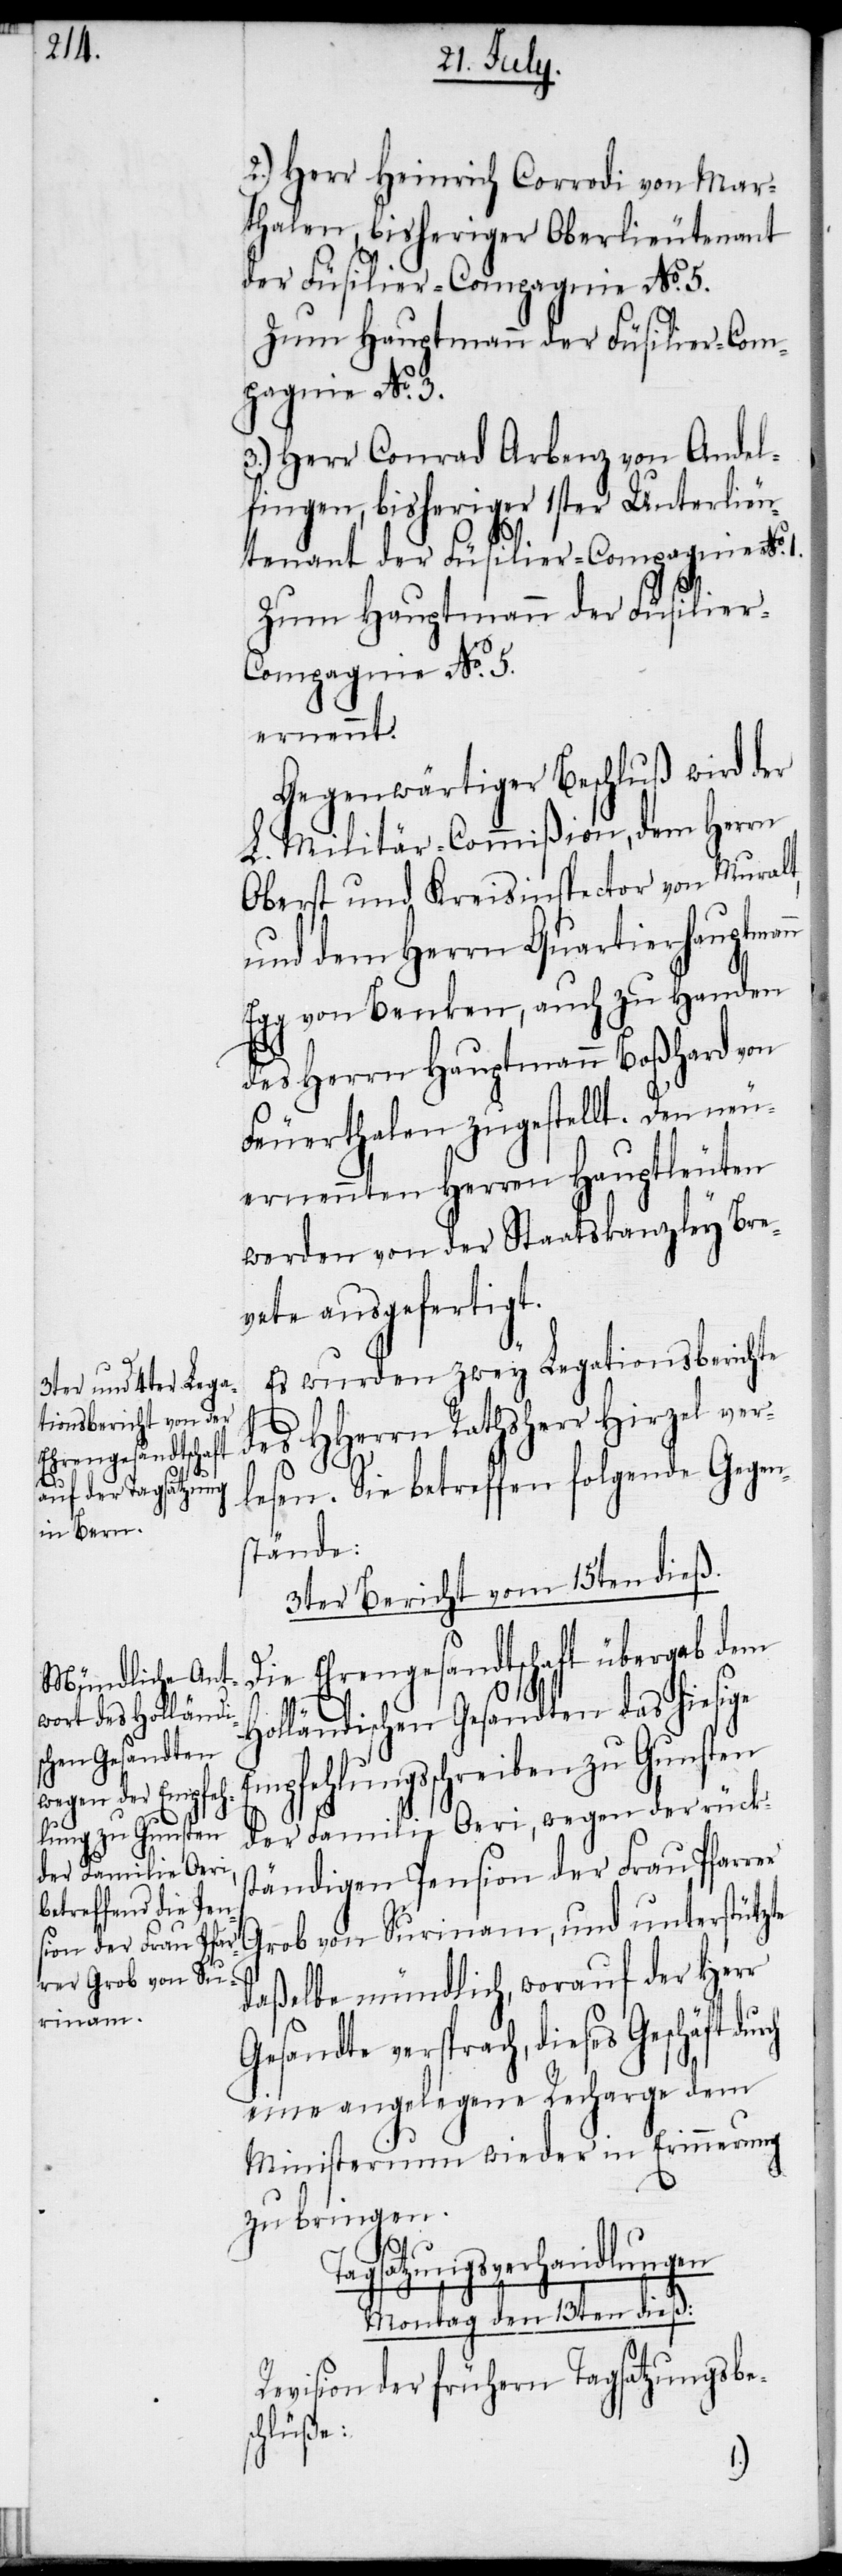
1.

2.) Herr Heinrich Corrodi von Mar¬
thalen, bisheriger Oberlieutenant
der Füsilier-Compagnie No. 5.
Zum Hauptmann der Füsilier-Com¬
pagnie No. 5.
3.) Herr Conrad Arbenz von Andel¬
fingen, bisheriger 1ster Unterlieu¬
tenant der Füsilier-Compagnie No.
ernennt.
Gegenwärtiger Beschluß wird der
L. Militär-Commißion, dem Herrn
Oberst und Kreisinspector von Muralt,
und dem Herrn Quartierhauptman¬
Egg von Benken, auch zu Handen
des Herrn Hauptmann Boßhard von
Feuerthalen zugestellt. Den neu¬
ernennten Herren Hauptleuten
werden von der Staatskanzley Bre¬
vete ausgefertigt.
Es wurden zwey Legationsberichte
des HHerrn Rathsherr Hirzel ver¬
lesen. Sie betreffen folgende Gegen¬
stände:
3ter Bericht vom 15ten dieß.
Die Ehrengesandtschaft übergab dem
s¬
Holländischen Gesandten das hiesige
mpfehlungsschreiben zu Gunsten
der Familie Oeri, wegen der rück¬
ständigen Pension der Frau Pfarrer
Grob von Surinam, und unterstützte
daßelbe mündlich, worauf der Herr
Gesandte versprach, dieses Geschäft
eine angelegene Recharge dem
Ministerium wieder in Erinnerung
zu bringen.
agsatzungsverhandlungen
Montag den 13ten dieß:
Revision der frühern Tagsatzungsbe¬
chlüße: